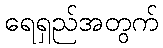
ရေရှည်အတွက်